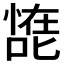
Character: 𰈠